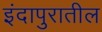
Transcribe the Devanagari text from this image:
इंदापुरातील